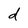
Character: d